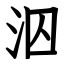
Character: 泅